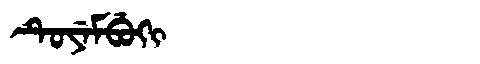
Manchu: ᡨᡠᠶᡝᠮᠪᡠᡴᡳ
Romanization: TUYEMBUKI